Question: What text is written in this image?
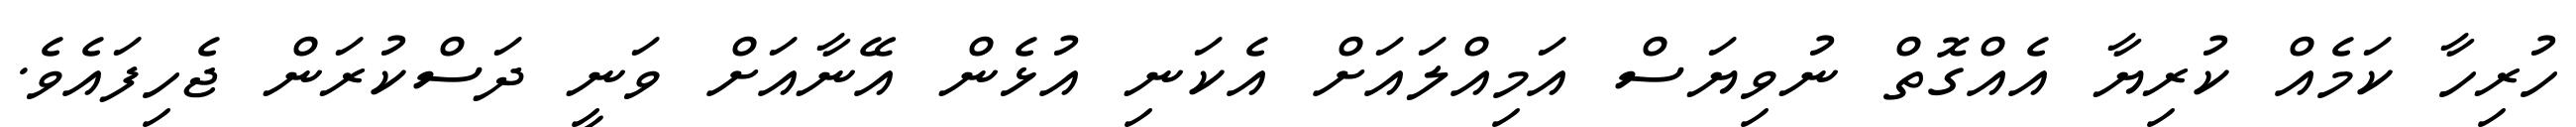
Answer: ހުރިހާ ކަމެއް ކުރިޔާ އެއްގޮތް ނުވިޔަސް އަމިއްލައަށް އެކަނި އުޅެން އޭނާއަށް ވަނީ ދަސްކުރަން ޖެހިފައެވެ.